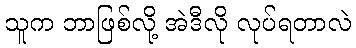
သူက ဘာဖြစ်လို့ အဲဒီလို လုပ်ရတာလဲ